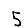
Digit: 5